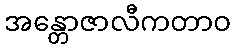
အန္တောဇာလီကတာဝ